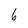
Character: 6